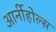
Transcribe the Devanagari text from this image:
आर्नीहोल्स